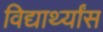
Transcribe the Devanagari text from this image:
विद्यार्थ्यांस